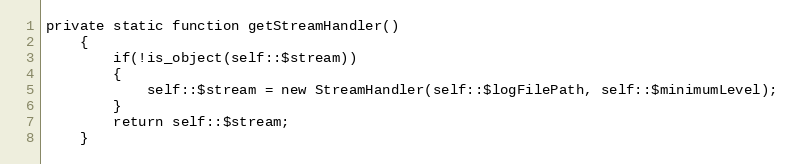
Language: PHP
private static function getStreamHandler()
    {
        if(!is_object(self::$stream))
        {
            self::$stream = new StreamHandler(self::$logFilePath, self::$minimumLevel);
        }
        return self::$stream;
    }